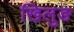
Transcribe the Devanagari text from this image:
खिलुङ